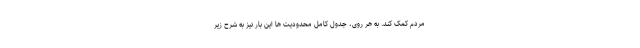
مردم کمک کند. به هر روی، جدول کامل محدودیت ها این بار نیز به شرح زیر